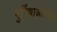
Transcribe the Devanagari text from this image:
गुर्रिल्लाअभियान